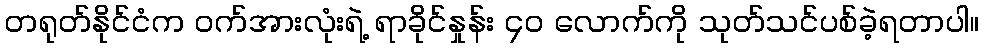
တရုတ်နိုင်ငံက ဝက်အားလုံးရဲ့ ရာခိုင်နှုန်း ၄၀ လောက်ကို သုတ်သင်ပစ်ခဲ့ရတာပါ။